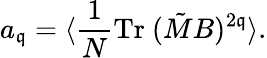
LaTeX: a_{\mathfrak{q}}=\langle{\frac{{1}}{{N}}}\mathrm{{Tr}}~(\tilde{{M}}B)^{2\mathfrak{q}}\rangle.